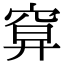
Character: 𥦍